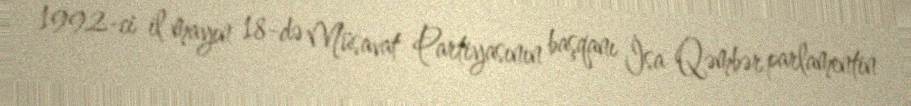
1992-ci il mayın 18-də Müsavat Partiyasının başqanı İsa Qəmbər parlamentin